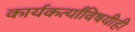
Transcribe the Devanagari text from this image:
कार्यकर्त्यांविषयीही